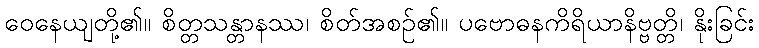
ဝေနေယျတို့၏။ စိတ္တသန္တာနဿ၊ စိတ်အစဉ်၏။ ပဗောဓနကိရိယာနိဗ္ဗတ္တိ၊ နိုးခြင်း